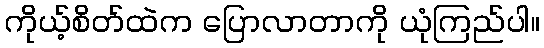
ကိုယ့်စိတ်ထဲက ပြောလာတာကို ယုံကြည်ပါ။